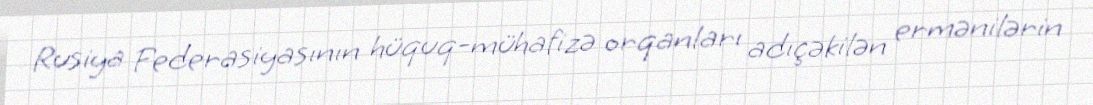
Rusiya Federasiyasının hüquq-mühafizə orqanları adıçəkilən ermənilərin